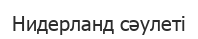
Нидерланд сәулеті